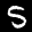
Label: 5